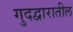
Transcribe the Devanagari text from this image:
गुदद्वारातील